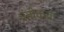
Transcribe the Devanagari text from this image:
प्रतीकचा